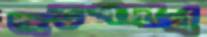
জড়পদার্থ